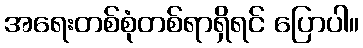
အရေးတစ်စုံတစ်ရာရှိရင် ပြောပါ။